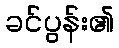
ခင်ပွန်း၏